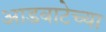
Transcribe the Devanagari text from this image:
आडवाटेच्या